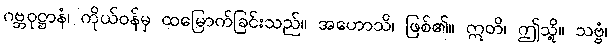
ဂဗ္ဘဝုဋ္ဌာနံ၊ ကိုယ်ဝန်မှ ထမြောက်ခြင်းသည်။ အဟောသိ၊ ဖြစ်၏။ ဣတိ၊ ဤသို့။ သဗ္ဗံ၊